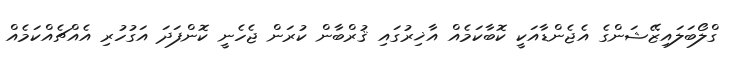
ގްލޯބަލައިޒޭޝަންގެ އެޖެންޑާއަކީ ކޮބާކަމެއް އާޚިރުގައި ޤުރްބާން ކުރަން ޖެހެނީ ކޮންފަދަ އަގުހުރި އެއްޗެއްކަމެއް